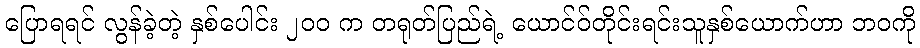
ပြောရရင် လွန်ခဲ့တဲ့ နှစ်ပေါင်း ၂၀၀ က တရုတ်ပြည်ရဲ့ ယောင်ဝ်တိုင်းရင်းသူနှစ်ယောက်ဟာ ဘဝကို